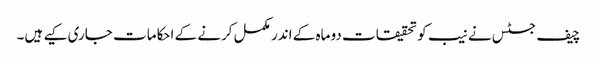
چیف جسٹس نے نیب کو تحقیقات دو ماہ کے اندر مکمل کرنے کے احکامات جاری کیے ہیں۔